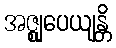
အဇ္ဈုပေယျန္တိ